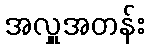
အလှူအတန်း